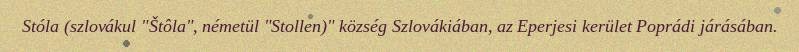
Stóla (szlovákul "Štôla", németül "Stollen)" község Szlovákiában, az Eperjesi kerület Poprádi járásában.